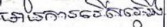
មានការរើសអើង